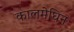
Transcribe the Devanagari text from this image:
कालमेघिन